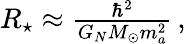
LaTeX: \begin{array}{r}{R_{\star}\approx\frac{\hbar^{2}}{G_{N}M_{\odot}m_{a}^{2}}\, ,}\end{array}